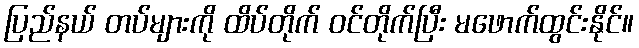
ပြည်နယ် တပ်များကို ထိပ်တိုက် ဝင်တိုက်ပြီး မဖောက်ထွင်းနိုင်။